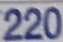
220